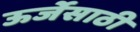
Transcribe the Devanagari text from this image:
ऊर्जेसाठी